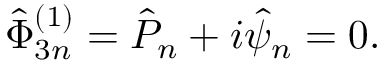
\hat { \Phi } _ { 3 n } ^ { ( 1 ) } = \hat { P } _ { n } + i \hat { \psi } _ { n } = 0 .